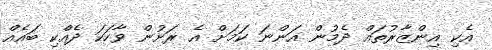
އެކި އިންޒާރުތައް ދެމުން އަންނަ ކަމަށް އެ ރަށުން ވާހަކަ ދެއްކި ބައެއް